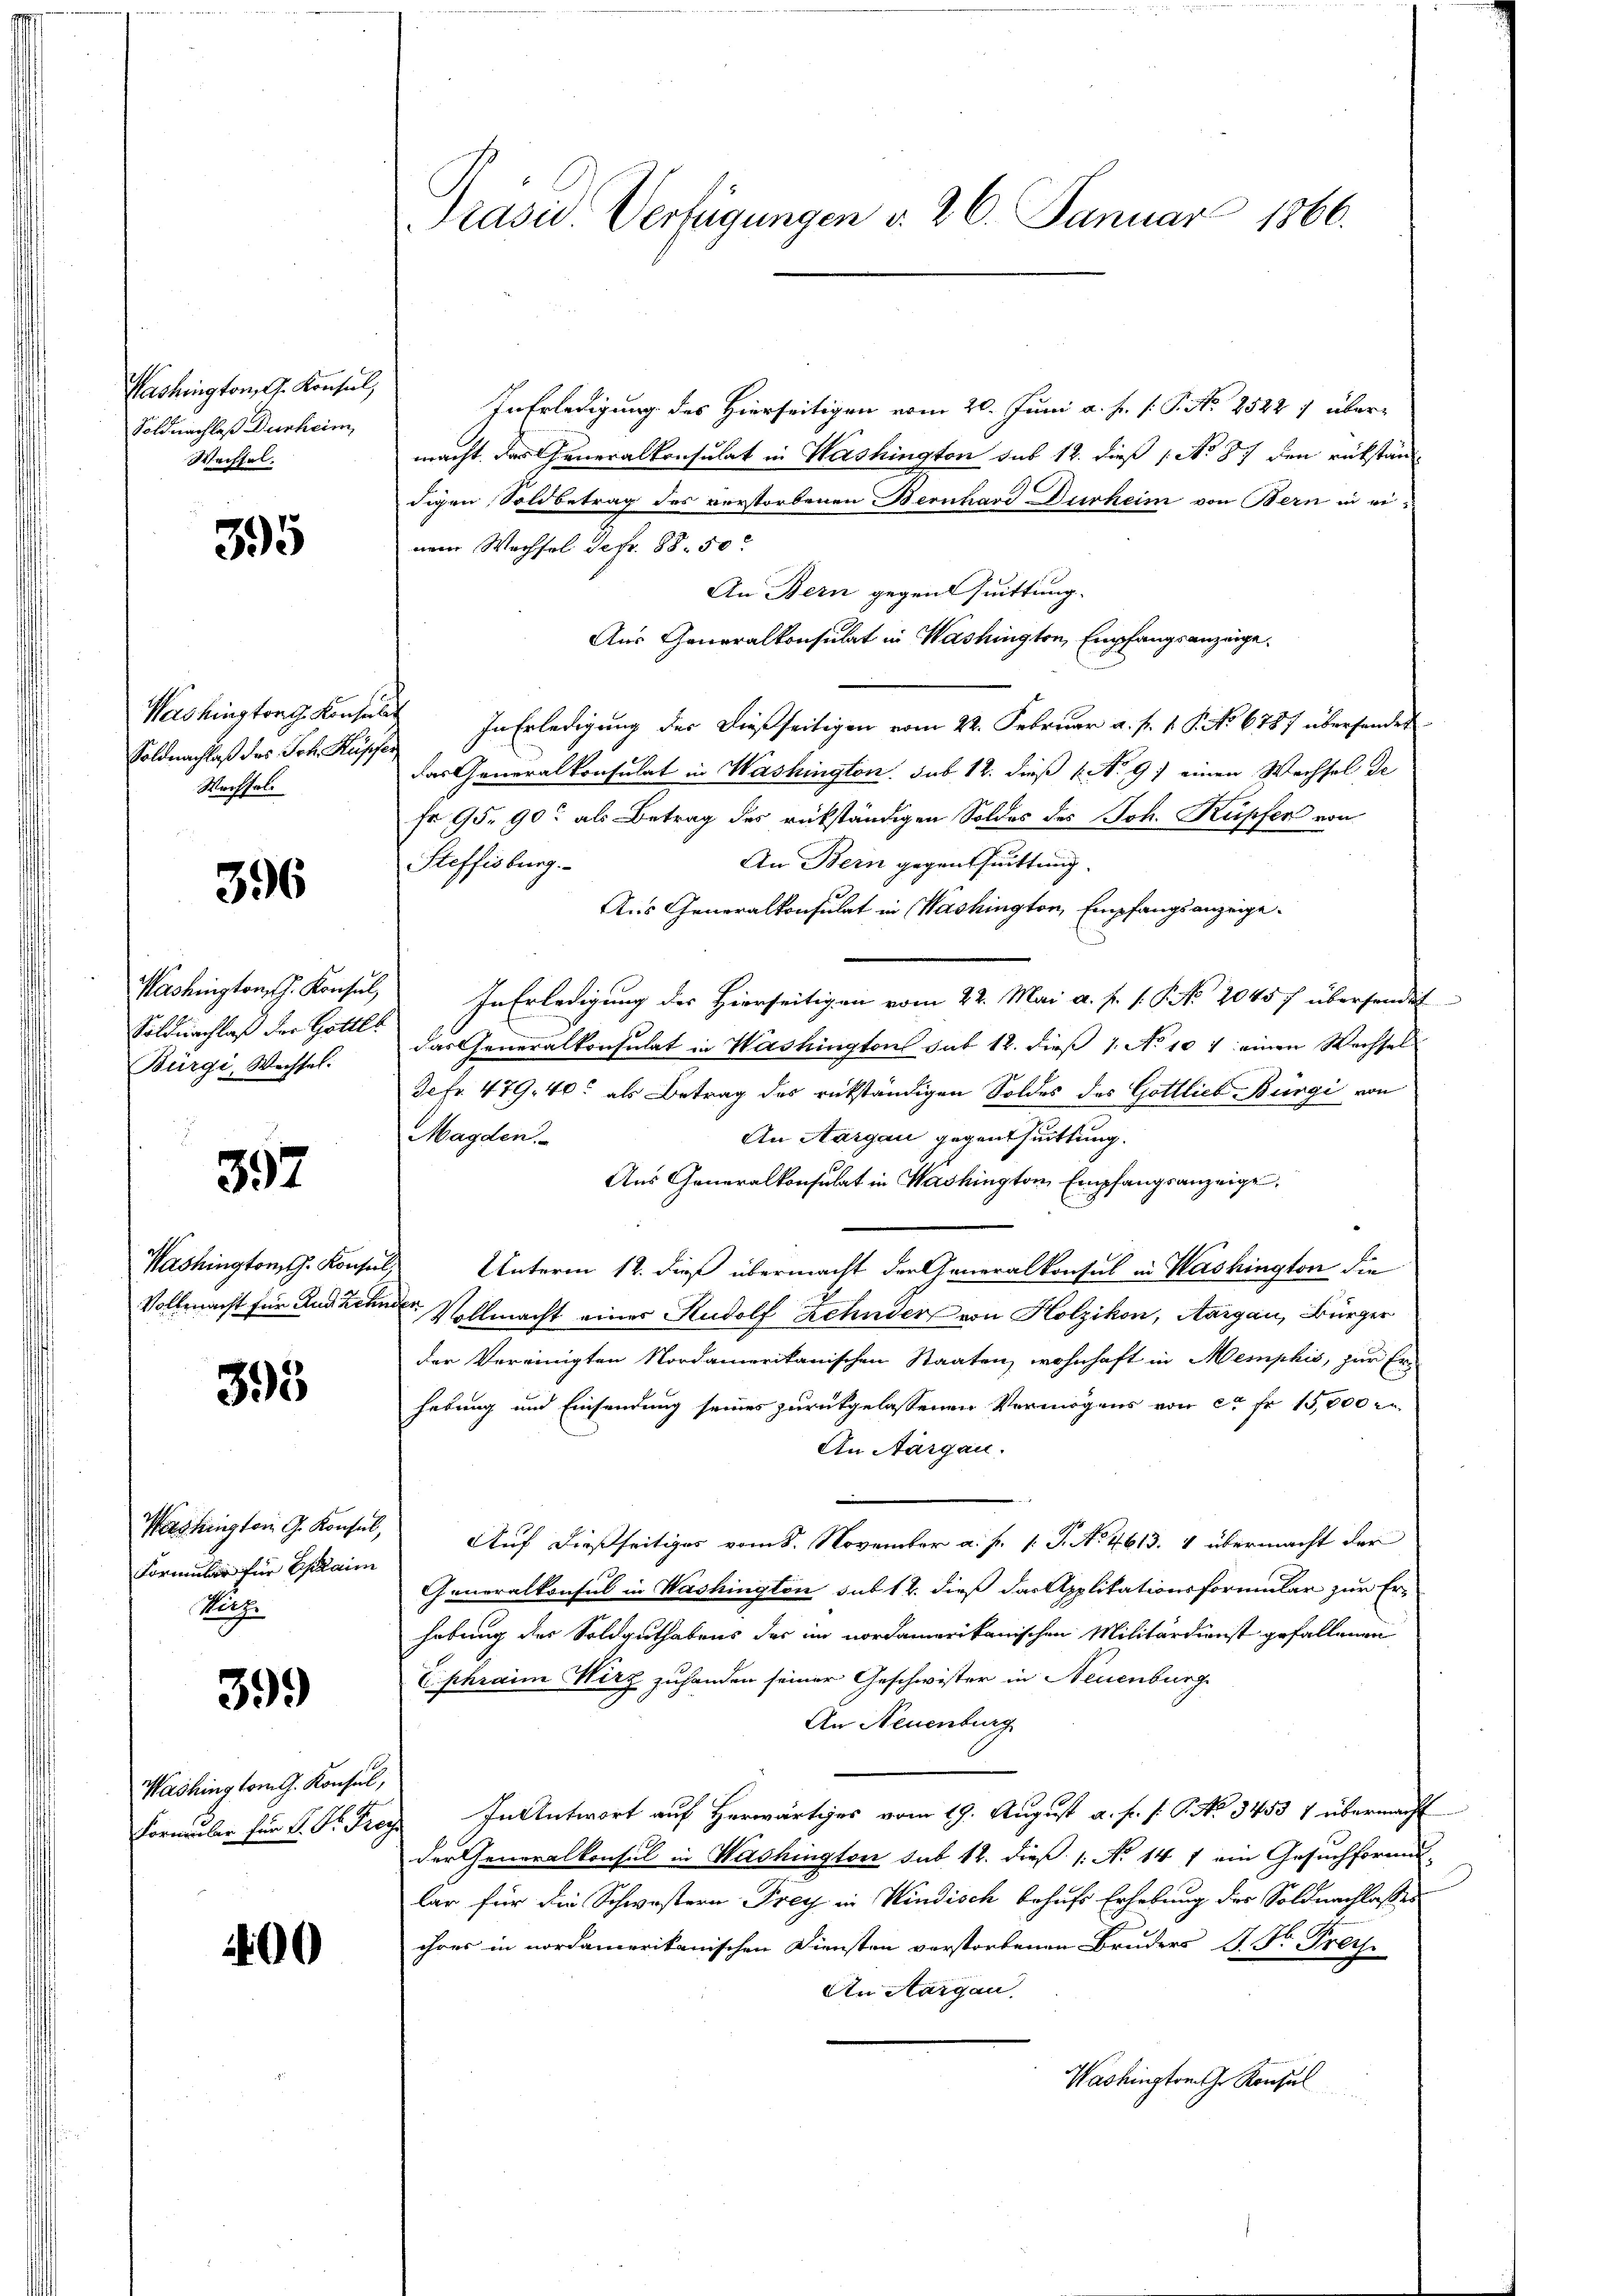
Washington, G. Konsul,
Soldnachlaß Dunheim,
Wechsel.

395

Washingtong Konsul
Soldnachlaß des Joh. Kasse
Werffel¬

396

Washington J. Konsul
Soldnachlaß der Gottes
Bürgi, Wachsel.

392

Washington J. Konsul
Vollmacht für und Zehn

395

Washington G. Konsul,
Formular für Estain
Wilz.

399

Washington G. Konsul,
Formular für M. D. Pro

00

Präsid Verfügungen v. 26. Januar 1866.

InErledigung des Hierseitigen vom 20. Juni a. f. P. P. No 2522) übermacht, das Generalkonsulat in Washington sub 12. dieß (No 87 den rükstän-
digen Soldbetrag des verstorbenen Bernhard Durheim von Bern in einem Wachsel defr. 88. 50
An Bern gegen Quittung.
Aus Generalkonsulat in Washington, Empfangsanzeige
. In Erledigung der dießseitigen vom 22. Februar a. p. 1. P. No 6787 überhander
das Generalkonsulat in Washington. sub 12. dieß (No. 91 einen Wechsel de
fr 95. 90 als Betrag des rückständigen Soldes des Joh. Kupfer von
An Bern gegenthuittung.
Steffisburg.
Aus Generalkonsulat in Washington, Empfangsanzeige.
In Erledigung der Hierseitigen vom 22. Mai a. f. 1. P. No. 2045 f übersendet
das Generalkonsulat in Washington sub 12. dieß 1 No 107 einen Wechsel
Defr. 479, 40 als Betrag des rükständigen Soldes des Gottlieb-Bürgi von
An Aargau gegenthuittung.
Magden.
Aus Generalkonsulat in Washington Empfangsanzeige.
Unterm 12. dieß übermacht der Generalkonsul in Washington die
J
 Vollmacht einer Rudolf Zehnder von Holzikon, Aargau, Bürger
der Vereinigten Nordamerikanischen Staaten, wohnhaft in Memphis, zur Er-
hebung und Einsendung seines zurükgelassenen Vermögens von ca Fr. 15,000 M
An Aargau.
Auf dießseitiges vom 8. November a. f. 1: P. No. 4613. 4 übermacht der
Generalkonsul in Washington sub 14. dieß das Applitationsformular zur Er-
hebung des Soldguthabens der im nordamerikanischen Militärdienst gefallenen
Ephraim Wirz zuhanden seiner Geschwister in Neuenburg
An Neuenburg
In Antwort auf Herwärtiges vom 19. August a. f. f. P. No 3453 1 übermacht
der Generalkonsul in Washington sub 12. dieß (: No 141 ein Gesuchformu-
lar für die Schwestern Frey in Windisch behufs Erhebung des Soldnachlasses
ihres in nordamerikanischen Diensten verstorbenen Bruders S. Dr. Frey
An Aargau,
Washington ihr Konsul